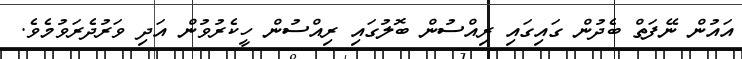
އައުން ނޭފަތް ބެދުން ގައިގައި ރިއްސުން ބޮލުގައި ރިއްސުން ހީކެރުވުން އަދި ވަރުދެރަވުމެވެ.